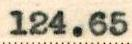
124.65